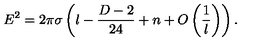
E ^ { 2 } = 2 \pi \sigma \left( l - \frac { D - 2 } { 2 4 } + n + O \left( \frac { 1 } { l } \right) \right) .